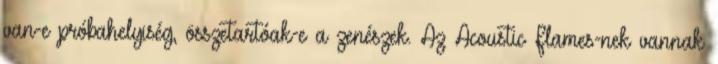
van-e próbahelyiség, összetartóak-e a zenészek. Az Acoustic Flames-nek vannak